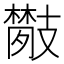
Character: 𢻦